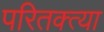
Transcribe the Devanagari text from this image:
परितक्त्या